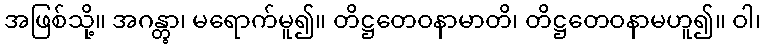
အဖြစ်သို့။ အဂန္တွာ၊ မရောက်မူ၍။ တိဋ္ဌတေဝနာမာတိ၊ တိဋ္ဌတေဝနာမဟူ၍။ ဝါ၊